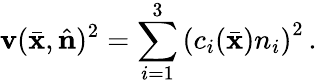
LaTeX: \mathbf{v}(\bar{{\mathbf{x}}},\hat{{\mathbf{n}}})^{2}=\sum_{i=1}^{3}\left(c_{i}(\bar{{\mathbf{x}}})n_{i}\right)^{2}\, .